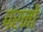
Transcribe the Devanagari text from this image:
परनों